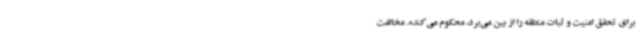
برای تحقق امنیت و ثبات منطقه را از بین می‌برد، محکوم می‌کند». مخالفت